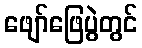
ဖျော်ဖြေပွဲတွင်